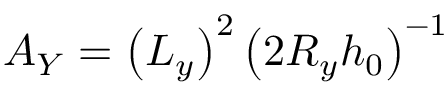
A _ { Y } = \left( { L _ { y } } \right) ^ { 2 } \left( { 2 R _ { y } h _ { 0 } } \right) ^ { - 1 }